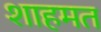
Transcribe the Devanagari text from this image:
शाहमत